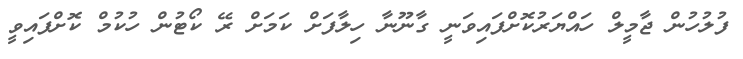
ފުލުހުން ޖާމީލް ހައްޔަރުކޮށްފައިވަނީ ގާނޫނާ ހިލާފަށް ކަމަށް ރޭ ކޯޓުން ހުކުމް ކޮށްފައިވީ